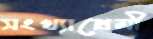
সংখ্যাপ্রেমী